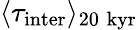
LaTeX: \langle\tau_{\mathrm{inter}}\rangle_{20\; \mathrm{kyr}}